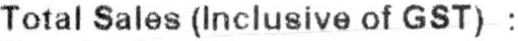
TOTAL SALES (INCLUSIVE OF GST) :